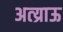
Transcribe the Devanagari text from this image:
अत्य्राऊ